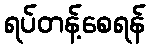
ရပ်တန့်စေရန်